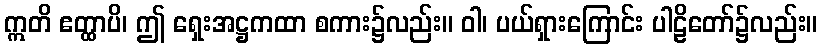
ဣတိ ဧတ္ထာပိ၊ ဤ ရှေးအဋ္ဌကထာ စကား၌လည်း။ ဝါ၊ ပယ်ရှားကြောင်း ပါဠိတော်၌လည်း။